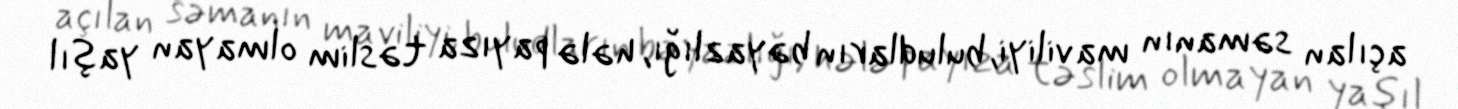
açılan səmanın maviliyi, buludların bəyazlığı, hələ payıza təslim olmayan yaşıl